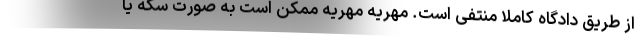
از طریق دادگاه کاملا منتفی است. مهریه مهریه ممکن است به صورت سکه یا